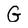
Character: G